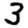
Digit: 3